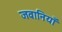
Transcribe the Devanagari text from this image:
जवानियाँ